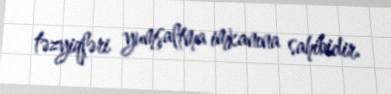
təzyiqləri yumşaltma imkanına sahibidir.